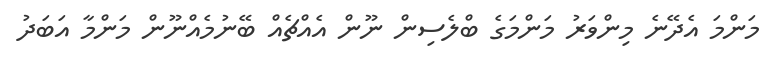
މަންމަ އެދޭނެ މިންވަރު މަންމަގެ ބްލެސިން ނޫން އެއްޗެއް ބޭނުމެއްނޫން މަންމާ އަބަދު